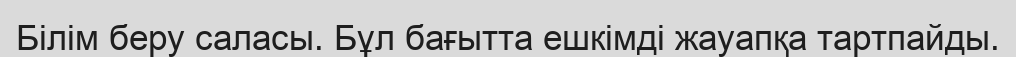
Білім беру саласы. Бұл бағытта ешкімді жауапқа тартпайды.